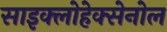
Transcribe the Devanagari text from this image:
साइक्लोहेक्सेनोल